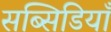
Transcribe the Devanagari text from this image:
सब्सिडियाँ